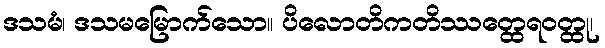
ဒသမံ၊ ဒသမမြောက်သော။ ပိလောတိကတိဿတ္ထေရဝတ္ထု၊